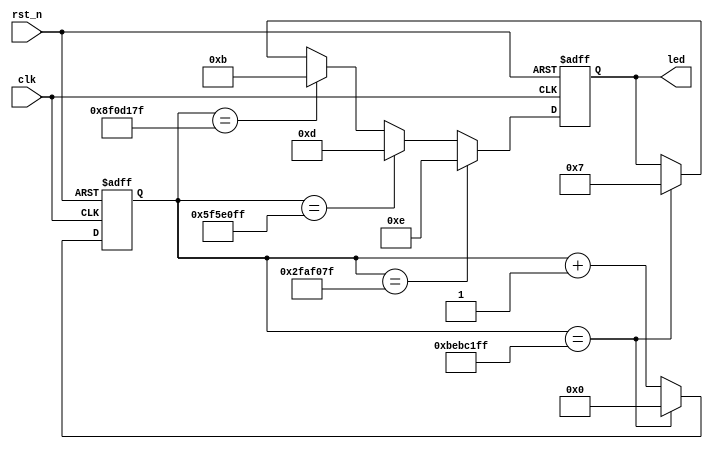
//===========================================================================
// Module name: led_test.v
// : 1LED0~LED4
//===========================================================================
`timescale 1ns / 1ps

module led_test (
                  clk,           // : 50Mhz
                  rst_n,         // 
                  led            // LED,LED(LED1~LED4)
             );
             
//===========================================================================
// PORT declarations
//===========================================================================
input clk;
input rst_n;
output [3:0] led;

//
reg [31:0] timer;                  
reg [3:0] led;


//===========================================================================
// :0~4
//===========================================================================
  always @(posedge clk or negedge rst_n)    //
    begin
      if (~rst_n)                           //
          timer <= 0;                       //
      else if (timer == 32'd199_999_999)    //50MHz4(50M*4-1=199_999_999)
          timer <= 0;                       //4
      else
		    timer <= timer + 1'b1;            //1
    end

//===========================================================================
// LED
//===========================================================================
  always @(posedge clk or negedge rst_n)   //
    begin
      if (~rst_n)                          //
          led <= 4'b1111;                  //LEDLED           
      else if (timer == 32'd49_999_999)    //1
          led <= 4'b1110;                  //LED1
      else if (timer == 32'd99_999_999)    //2
          led <= 4'b1101;                  //LED2
      else if (timer == 32'd149_999_999)   //3
          led <= 4'b1011;                  //LED3                           
      else if (timer == 32'd199_999_999)   //4
          led <= 4'b0111;                  //LED4        
    end
    
endmodule